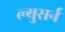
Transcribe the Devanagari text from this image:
ल्युसर्न